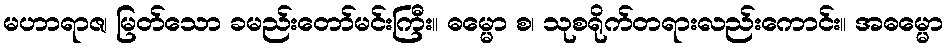
မဟာရာဇ၊ မြတ်သော ခမည်းတော်မင်းကြီး။ ဓမ္မော စ၊ သုစရိုက်တရားလည်းကောင်း။ အဓမ္မော